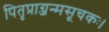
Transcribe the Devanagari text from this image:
पितृप्राग्जन्मसूचकः।